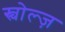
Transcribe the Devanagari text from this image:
स्चोल्ज़